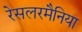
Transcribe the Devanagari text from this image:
रेसलरमैनिया